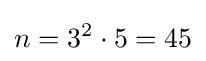
n=3^{2}\cdot 5=45